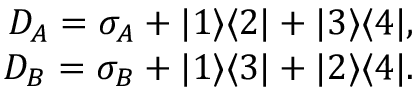
\begin{array} { r } { D _ { A } = \sigma _ { A } + | 1 \rangle \langle 2 | + | 3 \rangle \langle 4 | , } \\ { D _ { B } = \sigma _ { B } + | 1 \rangle \langle 3 | + | 2 \rangle \langle 4 | . } \end{array}